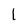
Character: 1